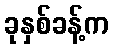
ခုနှစ်ခန့်က